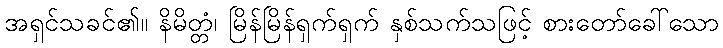
အရှင်သခင်၏။ နိမိတ္တံ၊ မြိန်မြိန်ရှက်ရှက် နှစ်သက်သဖြင့် စားတော်ခေါ်သော